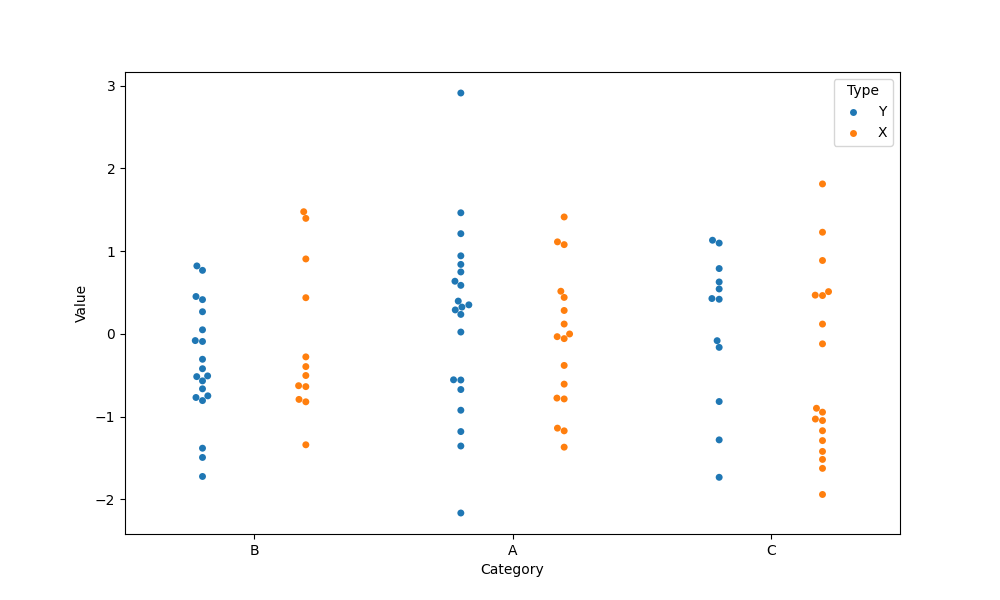
python, seaborn, swarmplot, dodge=True, alpha=1.0, size=5